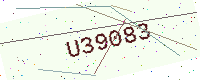
Text: U39083